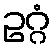
ဥဂ္ဂံ